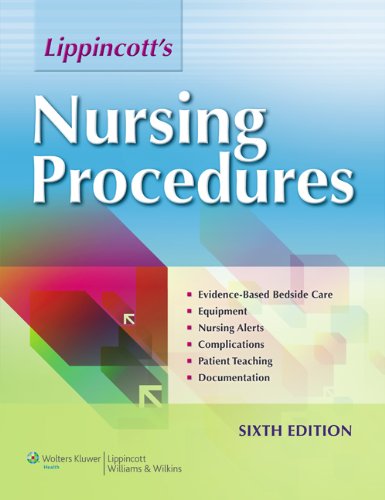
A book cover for Lippincott's Nursing Procedures; Lippincott; Medical Books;